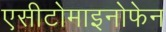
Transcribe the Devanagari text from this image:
एसीटोमाइनोफेन